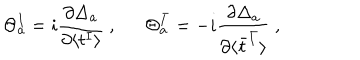
\Theta _ { a } ^ { I } = i \frac { \partial \Delta _ { a } } { \partial \langle t ^ { I } \rangle } ~ , \Theta _ { a } ^ { \bar { I } } = - i \frac { \partial \Delta _ { a } } { \partial \langle \bar { t } ^ { \bar { I } } \rangle } ~ ,